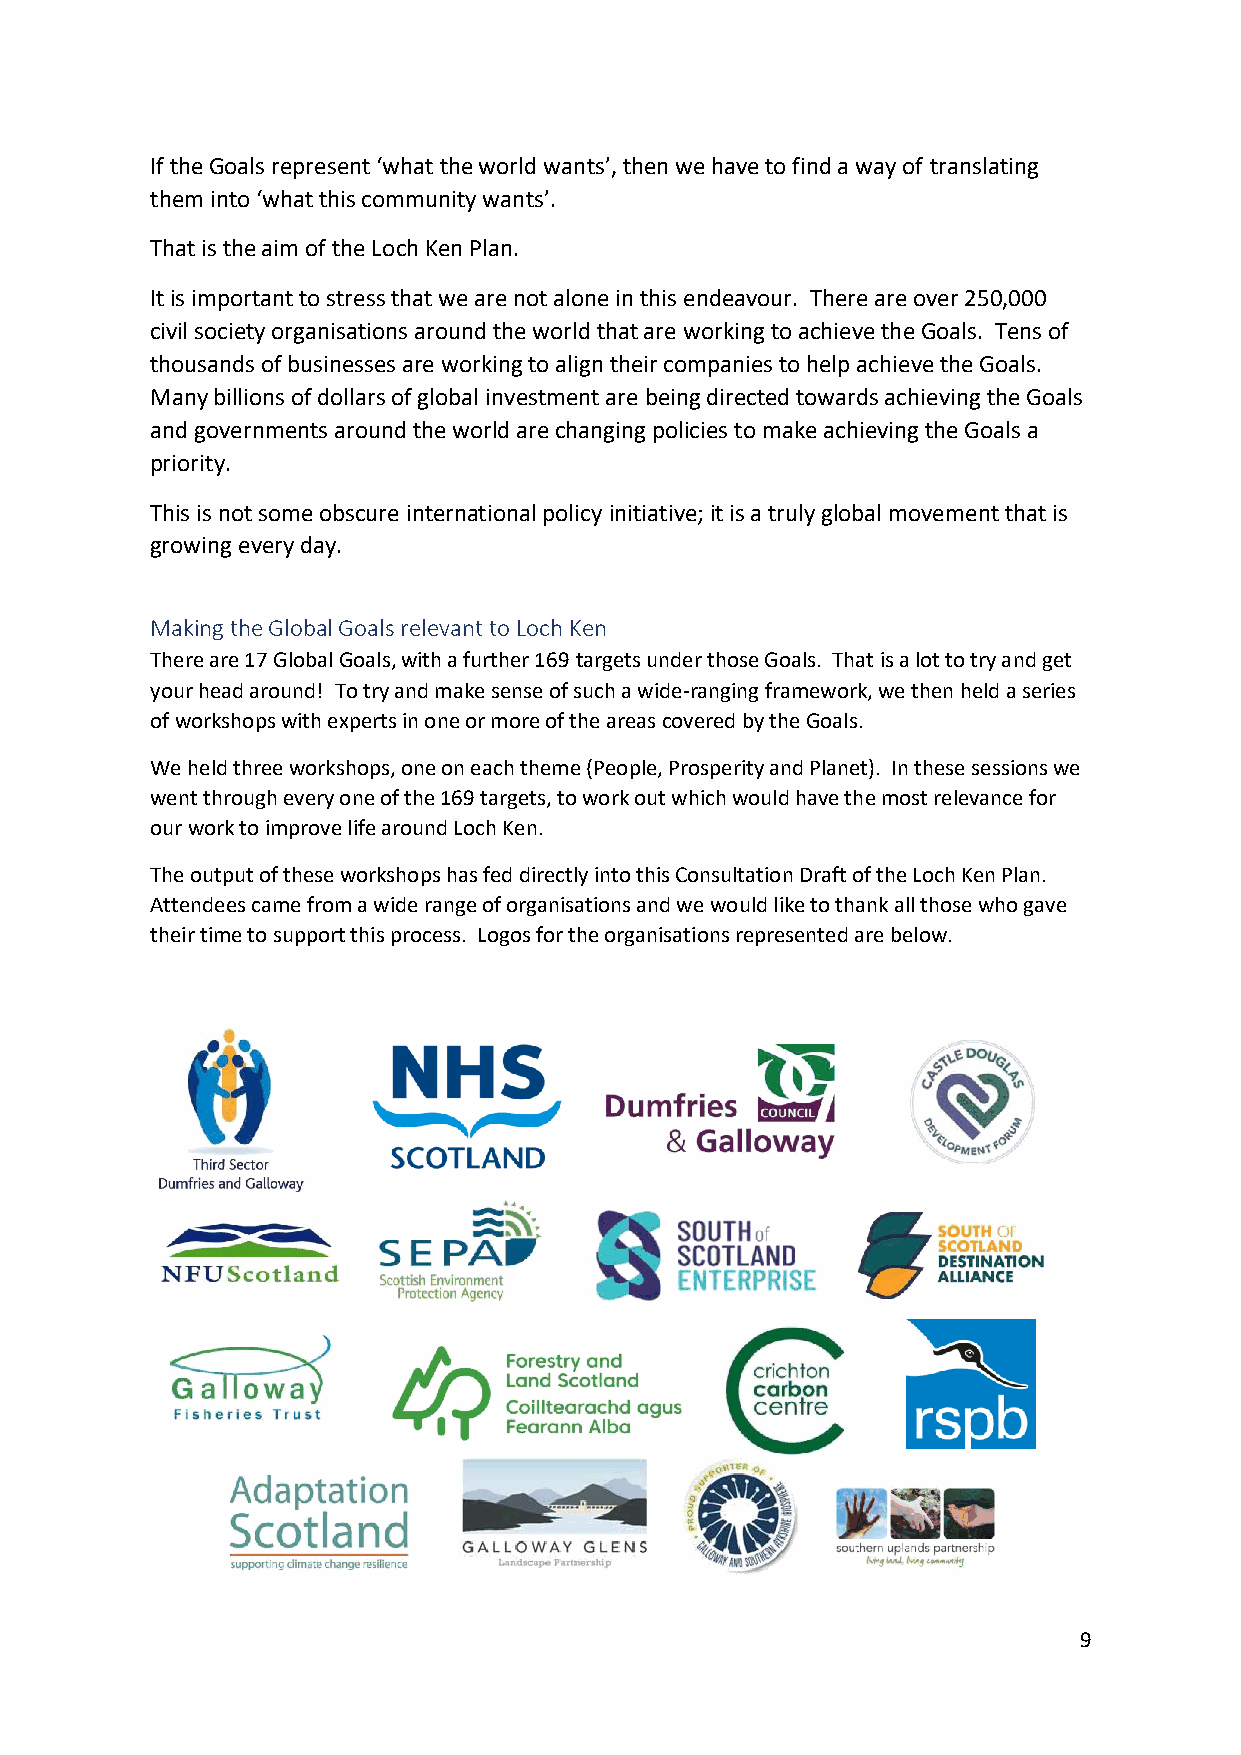
If the Goals represent ‘what the world wants’, then we have to find a way of translating
 them into ‘what this community wants’.
 That is the aim of the Loch Ken Plan.
 It is important to stress that we are not alone in this endeavour. There are over 250,000
 civil society organisations around the world that are working to achieve the Goals. Tens of
 thousands of businesses are working to align their companies to help achieve the Goals.
 Many billions of dollars of global investment are being directed towards achieving the Goals
 and governments around the world are changing policies to make achieving the Goals a
 priority.
 This is not some obscure international policy initiative; it is a truly global movement that is
 growing every day.
 Making the Global Goals relevant to Loch Ken
 There are 17 Global Goals, with a further 169 targets under those Goals. That is a lot to try and get
 your head around! To try and make sense of such a wide-ranging framework, we then held a series
 of workshops with experts in one or more of the areas covered by the Goals.
 We held three workshops, one on each theme (People, Prosperity and Planet). In these sessions we
 went through every one of the 169 targets, to work out which would have the most relevance for
 our work to improve life around Loch Ken.
 The output of these workshops has fed directly into this Consultation Draft of the Loch Ken Plan.
 Attendees came from a wide range of organisations and we would like to thank all those who gave
 their time to support this process. Logos for the organisations represented are below.
 9